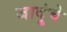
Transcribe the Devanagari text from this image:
जादूंचे